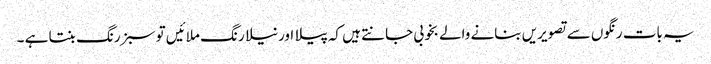
یہ بات رنگوں سے تصویریں بنانے والے بخوبی جانتے ہیں کہ پیلا اور نیلا رنگ ملائیں تو سبز رنگ بنتا ہے ۔